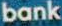
bank